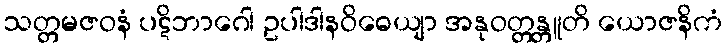
သတ္တမဇဝနံ ပဋိဘာဂေါ ဥပါဒါနဝိဓေယျာ အနုဝတ္တန္တူတိ ယောဇနိကံ